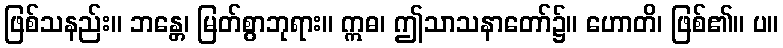
ဖြစ်သနည်း။ ဘန္တေ၊ မြတ်စွာဘုရား။ ဣဓ၊ ဤသာသနာတော်၌။ ဟောတိ၊ ဖြစ်၏။ ပ။